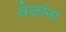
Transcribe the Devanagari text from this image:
वेळांना